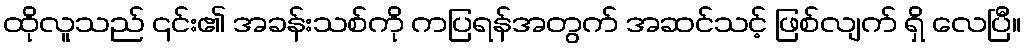
ထိုလူသည် ၎င်း၏ အခန်းသစ်ကို ကပြရန်အတွက် အဆင်သင့် ဖြစ်လျက် ရှိ လေပြီ။